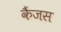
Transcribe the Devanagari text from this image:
कैंजस